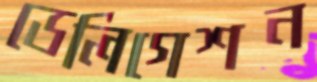
ডেলিগেশন